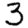
Digit: 3